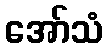
အော်သံ